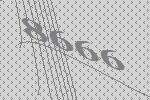
8666